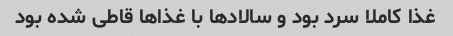
غذا کاملا سرد بود و سالادها با غذاها قاطی شده بود